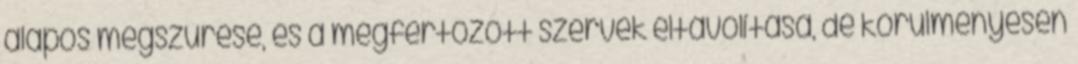
alapos megszűrése, és a megfertőzött szervek eltávolítása, de körülményesen